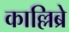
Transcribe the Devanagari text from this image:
काल्लिब्रे